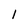
Character: 1